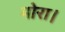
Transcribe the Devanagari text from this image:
मोरा।